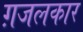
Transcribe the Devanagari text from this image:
ग़जलकार